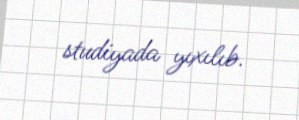
studiyada yıxılıb.